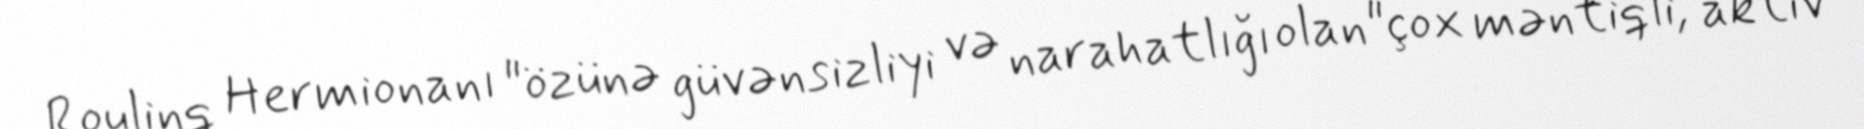
Roulinq Hermionanı "özünə güvənsizliyi və narahatlığı olan"çox məntiqli, aktiv